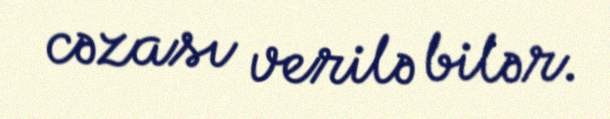
cəzası verilə bilər.